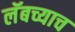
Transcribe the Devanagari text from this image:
लॅबच्याच